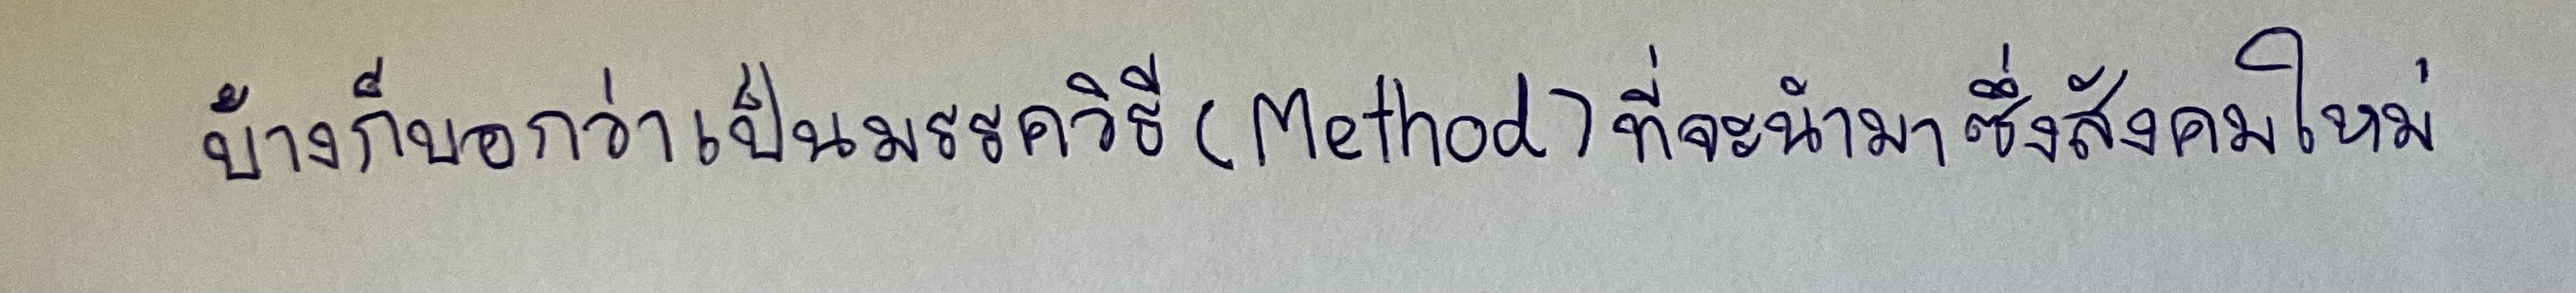
บ้างก็บอกว่าเป็นมรรควิธี(Method)ที่จะนำมาซึ่งสังคมใหม่